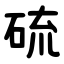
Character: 硫